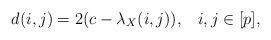
\begin{align*} d(i,j)= 2 (c-\lambda_X(i,j)),\;\;\; i,j \in [p], \end{align*}